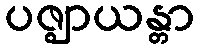
ပဇ္ဈာယန္တာ